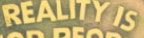
REALITY IS